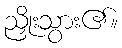
ညှိုးသွား၏။